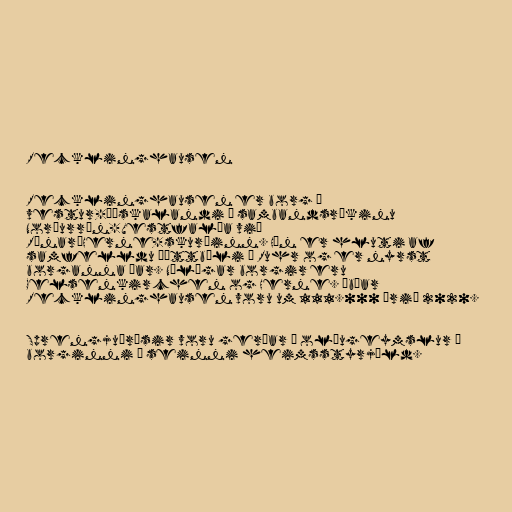
Recklinghausen

Recklinghausen er borg í
vestur-Þýskalandi í sambandsríkinu
Norðurrín-Vestfalía við
Rínar–Herne-skurðinn. Hún er hluti af
samfelldu þéttbýli í Ruhr og er nyrst
borganna þar. Nálægar borgir eru
Gelsenkirchen og Herne. Íbúar
Recklinghausen voru um 111.000 árið 2020.

Sprengjuárásir voru gerðar á olíugeymslur í
borginni í seinni heimsstyrjöld.